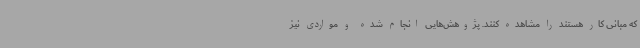
که مبانی کار هستند را مشاهده کنند. پژوهش‌هایی انجام شده و مواردی نیز